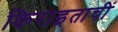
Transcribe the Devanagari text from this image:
किराइताचीं